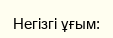
Негізгі ұғым: